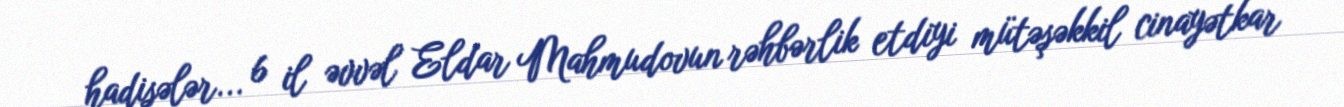
hadisələr... 6 il əvvəl Eldar Mahmudovun rəhbərlik etdiyi mütəşəkkil cinayətkar